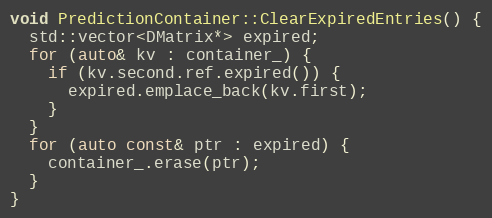
Language: C++
void PredictionContainer::ClearExpiredEntries() {
  std::vector<DMatrix*> expired;
  for (auto& kv : container_) {
    if (kv.second.ref.expired()) {
      expired.emplace_back(kv.first);
    }
  }
  for (auto const& ptr : expired) {
    container_.erase(ptr);
  }
}